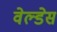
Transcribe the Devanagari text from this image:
वेल्‍डेस